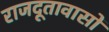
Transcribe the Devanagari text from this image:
राजदूतावासों